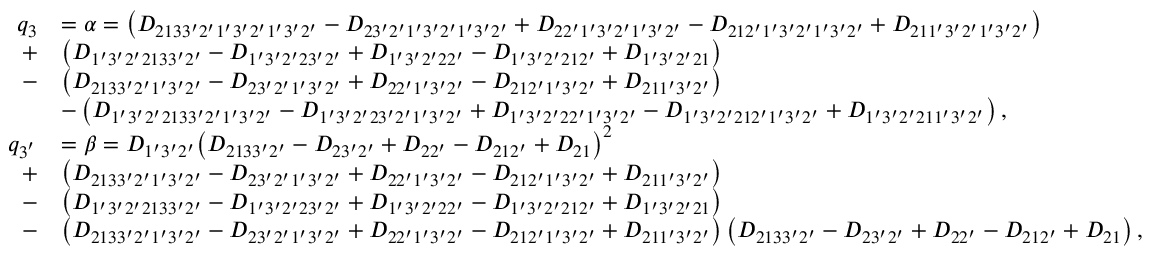
\begin{array} { r l } { q _ { 3 } } & { = \alpha = \left( { { D _ { 2 1 3 3 ^ { \prime } 2 ^ { \prime } 1 ^ { \prime } 3 ^ { \prime } 2 ^ { \prime } 1 ^ { \prime } 3 ^ { \prime } 2 ^ { \prime } } } - { D _ { 2 3 ^ { \prime } 2 ^ { \prime } 1 ^ { \prime } 3 ^ { \prime } 2 ^ { \prime } 1 ^ { \prime } 3 ^ { \prime } 2 ^ { \prime } } } + { D _ { 2 2 ^ { \prime } 1 ^ { \prime } 3 ^ { \prime } 2 ^ { \prime } 1 ^ { \prime } 3 ^ { \prime } 2 ^ { \prime } } } - { D _ { 2 1 2 ^ { \prime } 1 ^ { \prime } 3 ^ { \prime } 2 ^ { \prime } 1 ^ { \prime } 3 ^ { \prime } 2 ^ { \prime } } } + { D _ { 2 1 1 ^ { \prime } 3 ^ { \prime } 2 ^ { \prime } 1 ^ { \prime } 3 ^ { \prime } 2 ^ { \prime } } } } \right) } \\ { + } & { \left( { { D _ { 1 ^ { \prime } 3 ^ { \prime } 2 ^ { \prime } 2 1 3 3 ^ { \prime } 2 ^ { \prime } } } - { D _ { 1 ^ { \prime } 3 ^ { \prime } 2 ^ { \prime } 2 3 ^ { \prime } 2 ^ { \prime } } } + { D _ { 1 ^ { \prime } 3 ^ { \prime } 2 ^ { \prime } 2 2 ^ { \prime } } } - { D _ { 1 ^ { \prime } 3 ^ { \prime } 2 ^ { \prime } 2 1 2 ^ { \prime } } } + { D _ { 1 ^ { \prime } 3 ^ { \prime } 2 ^ { \prime } 2 1 } } } \right) } \\ { - } & { \left( { { D _ { 2 1 3 3 ^ { \prime } 2 ^ { \prime } 1 ^ { \prime } 3 ^ { \prime } 2 ^ { \prime } } } - { D _ { 2 3 ^ { \prime } 2 ^ { \prime } 1 ^ { \prime } 3 ^ { \prime } 2 ^ { \prime } } } + { D _ { 2 2 ^ { \prime } 1 ^ { \prime } 3 ^ { \prime } 2 ^ { \prime } } } - { D _ { 2 1 2 ^ { \prime } 1 ^ { \prime } 3 ^ { \prime } 2 ^ { \prime } } } + { D _ { 2 1 1 ^ { \prime } 3 ^ { \prime } 2 ^ { \prime } } } } \right) } \\ & { - \left( { { D _ { 1 ^ { \prime } 3 ^ { \prime } 2 ^ { \prime } 2 1 3 3 ^ { \prime } 2 ^ { \prime } 1 ^ { \prime } 3 ^ { \prime } 2 ^ { \prime } } } - { D _ { 1 ^ { \prime } 3 ^ { \prime } 2 ^ { \prime } 2 3 ^ { \prime } 2 ^ { \prime } 1 ^ { \prime } 3 ^ { \prime } 2 ^ { \prime } } } + { D _ { 1 ^ { \prime } 3 ^ { \prime } 2 ^ { \prime } 2 2 ^ { \prime } 1 ^ { \prime } 3 ^ { \prime } 2 ^ { \prime } } } - { D _ { 1 ^ { \prime } 3 ^ { \prime } 2 ^ { \prime } 2 1 2 ^ { \prime } 1 ^ { \prime } 3 ^ { \prime } 2 ^ { \prime } } } + { D _ { 1 ^ { \prime } 3 ^ { \prime } 2 ^ { \prime } 2 1 1 ^ { \prime } 3 ^ { \prime } 2 ^ { \prime } } } } \right) , } \\ { q _ { 3 ^ { ' } } } & { = \beta = { D _ { 1 ^ { \prime } 3 ^ { \prime } 2 ^ { \prime } } } { \left( { { D _ { 2 1 3 3 ^ { \prime } 2 ^ { \prime } } } - { D _ { 2 3 ^ { \prime } 2 ^ { \prime } } } + { D _ { 2 2 ^ { \prime } } } - { D _ { 2 1 2 ^ { \prime } } } + { D _ { 2 1 } } } \right) ^ { 2 } } } \\ { + } & { \left( { { D _ { 2 1 3 3 ^ { \prime } 2 ^ { \prime } 1 ^ { \prime } 3 ^ { \prime } 2 ^ { \prime } } } - { D _ { 2 3 ^ { \prime } 2 ^ { \prime } 1 ^ { \prime } 3 ^ { \prime } 2 ^ { \prime } } } + { D _ { 2 2 ^ { \prime } 1 ^ { \prime } 3 ^ { \prime } 2 ^ { \prime } } } - { D _ { 2 1 2 ^ { \prime } 1 ^ { \prime } 3 ^ { \prime } 2 ^ { \prime } } } + { D _ { 2 1 1 ^ { \prime } 3 ^ { \prime } 2 ^ { \prime } } } } \right) } \\ { - } & { \left( { { D _ { 1 ^ { \prime } 3 ^ { \prime } 2 ^ { \prime } 2 1 3 3 ^ { \prime } 2 ^ { \prime } } } - { D _ { 1 ^ { \prime } 3 ^ { \prime } 2 ^ { \prime } 2 3 ^ { \prime } 2 ^ { \prime } } } + { D _ { 1 ^ { \prime } 3 ^ { \prime } 2 ^ { \prime } 2 2 ^ { \prime } } } - { D _ { 1 ^ { \prime } 3 ^ { \prime } 2 ^ { \prime } 2 1 2 ^ { \prime } } } + { D _ { 1 ^ { \prime } 3 ^ { \prime } 2 ^ { \prime } 2 1 } } } \right) } \\ { - } & { \left( { { D _ { 2 1 3 3 ^ { \prime } 2 ^ { \prime } 1 ^ { \prime } 3 ^ { \prime } 2 ^ { \prime } } } - { D _ { 2 3 ^ { \prime } 2 ^ { \prime } 1 ^ { \prime } 3 ^ { \prime } 2 ^ { \prime } } } + { D _ { 2 2 ^ { \prime } 1 ^ { \prime } 3 ^ { \prime } 2 ^ { \prime } } } - { D _ { 2 1 2 ^ { \prime } 1 ^ { \prime } 3 ^ { \prime } 2 ^ { \prime } } } + { D _ { 2 1 1 ^ { \prime } 3 ^ { \prime } 2 ^ { \prime } } } } \right) \left( { { D _ { 2 1 3 3 ^ { \prime } 2 ^ { \prime } } } - { D _ { 2 3 ^ { \prime } 2 ^ { \prime } } } + { D _ { 2 2 ^ { \prime } } } - { D _ { 2 1 2 ^ { \prime } } } + { D _ { 2 1 } } } \right) , } \end{array}